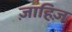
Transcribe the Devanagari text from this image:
ज़ाहिज़